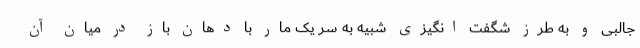
جالبی و به طرز شگفت انگیزی شبیه به سر یک مار با دهان باز در میان آن